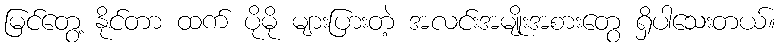
မြင်တွေ့ နိုင်တာ ထက် ပိုမို များပြားတဲ့ အလင်းအမျိုးအစားတွေ ရှိပါသေးတယ်။